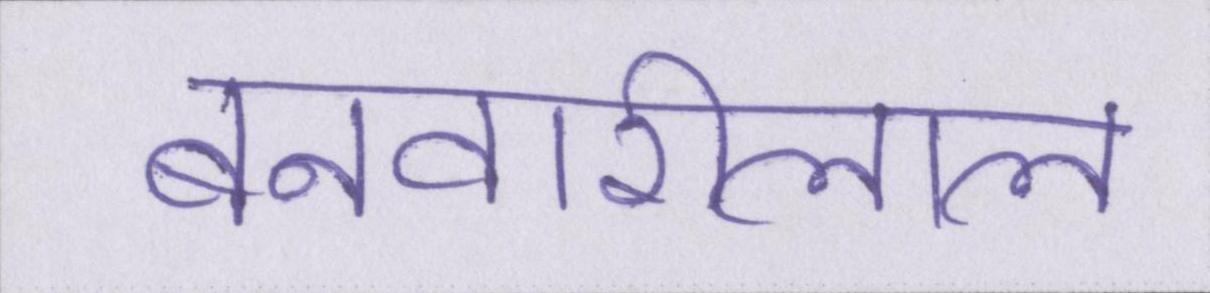
बनवारीलाल